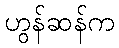
ဟွန်ဆန်က